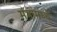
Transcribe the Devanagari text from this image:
मंत्रांमध्ये